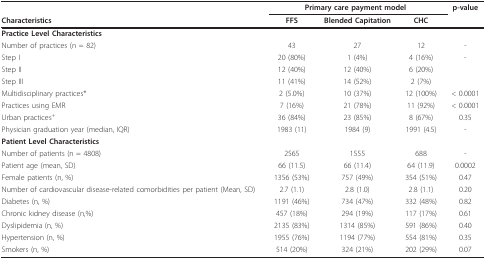
<table><thead><tr><td></td><td colspan="3"><b>Primary care payment model</b></td><td><b>p-value</b></td></tr><tr><td><b>Characteristics</b></td><td><b>FFS</b></td><td><b>Blended Capitation</b></td><td><b>CHC</b></td><td></td></tr></thead><tbody><tr><td><b>Practice Level Characteristics</b></td><td></td><td></td><td></td><td></td></tr><tr><td>Number of practices (n = 82)</td><td>43</td><td>27</td><td>12</td><td>-</td></tr><tr><td>Step I</td><td>20 (80%)</td><td>1 (4%)</td><td>4 (16%)</td><td>-</td></tr><tr><td>Step II</td><td>12 (40%)</td><td>12 (40%)</td><td>6 (20%)</td><td></td></tr><tr><td>Step III</td><td>11 (41%)</td><td>14 (52%)</td><td>2 (7%)</td><td></td></tr><tr><td>Multidisciplinary practices*</td><td>2 (5.0%)</td><td>10 (37%)</td><td>12 (100%)</td><td>&lt; 0.0001</td></tr><tr><td>Practices using EMR</td><td>7 (16%)</td><td>21 (78%)</td><td>11 (92%)</td><td>&lt; 0.0001</td></tr><tr><td>Urban practices<sup>+</sup></td><td>36 (84%)</td><td>23 (85%)</td><td>8 (67%)</td><td>0.35</td></tr><tr><td>Physician graduation year (median, IQR)</td><td>1983 (11)</td><td>1984 (9)</td><td>1991 (4.5)</td><td>-</td></tr><tr><td><b>Patient Level Characteristics</b></td><td></td><td></td><td></td><td></td></tr><tr><td>Number of patients (n = 4808)</td><td>2565</td><td>1555</td><td>688</td><td>-</td></tr><tr><td>Patient age (mean, SD)</td><td>66 (11.5)</td><td>66 (11.4)</td><td>64 (11.9)</td><td>0.0002</td></tr><tr><td>Female patients (n, %)</td><td>1356 (53%)</td><td>757 (49%)</td><td>354 (51%)</td><td>0.47</td></tr><tr><td>Number of cardiovascular disease-related comorbidities per patient (Mean, SD)</td><td>2.7 (1.1)</td><td>2.8 (1.0)</td><td>2.8 (1.1)</td><td>0.20</td></tr><tr><td>Diabetes (n, %)</td><td>1191 (46%)</td><td>734 (47%)</td><td>332 (48%)</td><td>0.82</td></tr><tr><td>Chronic kidney disease (n,%)</td><td>457 (18%)</td><td>294 (19%)</td><td>117 (17%)</td><td>0.61</td></tr><tr><td>Dyslipidemia (n, %)</td><td>2135 (83%)</td><td>1314 (85%)</td><td>591 (86%)</td><td>0.40</td></tr><tr><td>Hypertension (n, %)</td><td>1955 (76%)</td><td>1194 (77%)</td><td>554 (81%)</td><td>0.35</td></tr><tr><td>Smokers (n, %)</td><td>514 (20%)</td><td>324 (21%)</td><td>202 (29%)</td><td>0.07</td></tr></tbody></table>